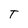
Character: T